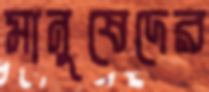
মানুষেদের